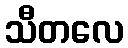
သီတလေ